Indian journal of veterinary science and animal husbandry - Volumes 24-25, 1954-1955
Year: 1954
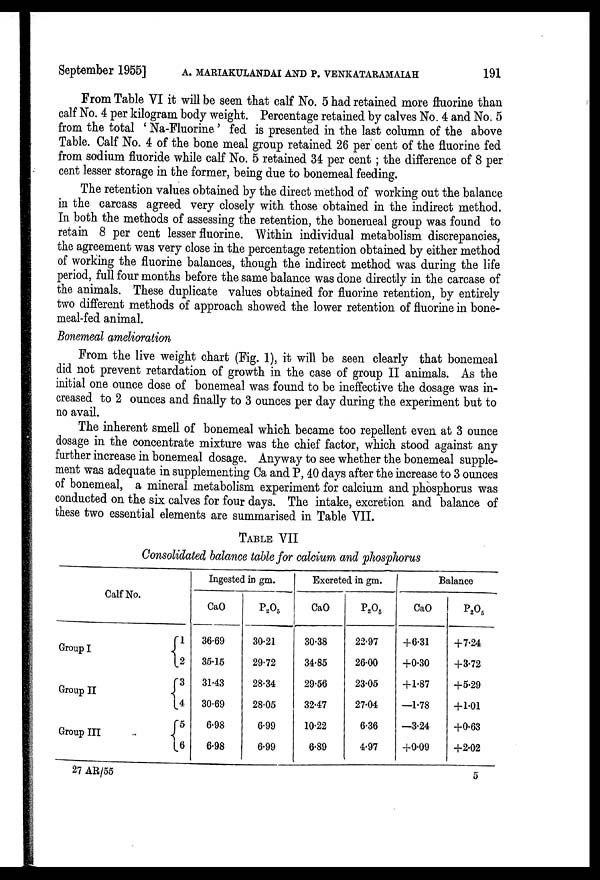
September 1955] A. MARIAKULANDAI AND P. VENKATARAMAIAH 191
From Table VI it will be seen that calf No. 5 had retained more fluorine than
calf No. 4 per kilogram body weight. Percentage retained by calves No. 4 and No. 5
from the total 'Na-Fluorine' fed is presented in the last column of the above
Table. Calf No. 4 of the bone meal group retained 26 per cent of the fluorine fed
from sodium fluoride while calf No. 5 retained 34 per cent; the difference of 8 per
cent lesser storage in the former, being due to bonemeal feeding.
The retention values obtained by the direct method of working out the balance
in the carcass agreed very closely with those obtained in the indirect method.
In both the methods of assessing the retention, the bonemeal group was found to
retain 8 per cent lesser fluorine. Within individual metabolism discrepancies,
the agreement was very close in the percentage retention obtained by either method
of working the fluorine balances, though the indirect method was during the life
period, full four months before the same balance was done directly in the carcase of
the animals. These duplicate values obtained for fluorine retention, by entirely
two different methods of approach showed the lower retention of fluorine in bone-
meal-fed animal.
Bonemeal amelioration
From the live weight chart (Fig. 1), it will be seen clearly that bonemeal
did not prevent retardation of growth in the case of group II animals. As the
initial one ounce dose of bonemeal was found to be ineffective the dosage was in-
creased to 2 ounces and finally to 3 ounces per day during the experiment but to
no avail.
The inherent smell of bonemeal which became too repellent even at 3 ounce
dosage in the concentrate mixture was the chief factor, which stood against any
further increase in bonemeal dosage. Anyway to see whether the bonemeal supple-
ment was adequate in supplementing Ca and P, 40 days after the increase to 3 ounces
of bonemeal, a mineral metabolism experiment for calcium and phosphorus was
conducted on the six calves for four days. The intake, excretion and balance of
these two essential elements are summarised in Table VII.
TABLE VII
Consolidated balance table for calcium and phosphorus
Calf No.
Group I
Group II
Group III
1
2
3
4
5
6
Ingested in gm.
CaO
36.69
35.15
31.43
30.69
6.98
6.98
P 2 O 5
30.21
29.72
28.34
28.05
6.99
6.99
Excreted in gm.
CaO
30.38
34.85
29.56
32.47
10.22
6.89
P 2 O 5
22.97
26.00
23.05
27.04
6.36
4.97
Balance
CaO
+6.31
+0.30
+1.87
—1.78
—3.24
+0.09
P 2 O 5
+7.24
+3.72
+5.29
+1.01
+0.63
+2.02
27 AR/55
5